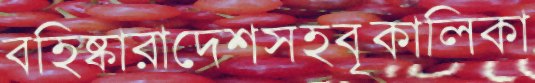
বহিষ্কারাদেশসহবৃকালিকা